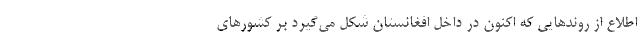
اطلاع از روند‌هایی که اکنون در داخل افغانستان شکل می‌گیرد بر کشور‌های